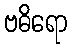
ဗဓိရော